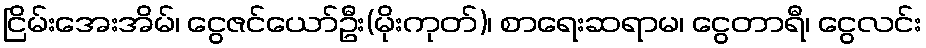
ငြိမ်းအေးအိမ်၊ ငွေဇင်ယော်ဦး(မိုးကုတ်)၊ စာရေးဆရာမ၊ ငွေတာရီ၊ ငွေလင်း